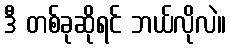
ဒီ တစ်ခုဆိုရင် ဘယ်လိုလဲ။